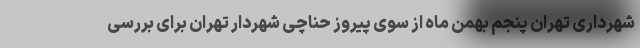
شهرداری تهران پنجم بهمن ماه از سوی پیروز حناچی شهردار تهران برای بررسی